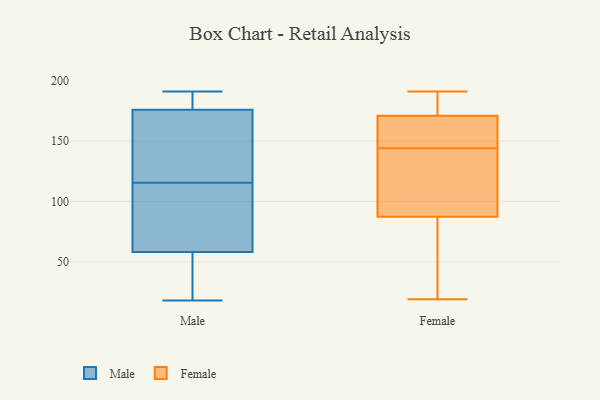
{"axis": {"x": "Backlog", "y": "Value"}, "legend": ["Female", "Male"], "data": [{"x": "", "y": 50, "type": "Male"}, {"x": "", "y": 73, "type": "Male"}, {"x": "", "y": 58, "type": "Male"}, {"x": "", "y": 116, "type": "Male"}, {"x": "", "y": 191, "type": "Male"}, {"x": "", "y": 176, "type": "Male"}, {"x": "", "y": 115, "type": "Male"}, {"x": "", "y": 185, "type": "Male"}, {"x": "", "y": 18, "type": "Male"}, {"x": "", "y": 121, "type": "Male"}, {"x": "", "y": 22, "type": "Female"}, {"x": "", "y": 144, "type": "Female"}, {"x": "", "y": 174, "type": "Female"}, {"x": "", "y": 168, "type": "Female"}, {"x": "", "y": 173, "type": "Female"}, {"x": "", "y": 80, "type": "Female"}, {"x": "", "y": 109, "type": "Female"}, {"x": "", "y": 191, "type": "Female"}, {"x": "", "y": 172, "type": "Female"}, {"x": "", "y": 154, "type": "Female"}, {"x": "", "y": 78, "type": "Female"}, {"x": "", "y": 164, "type": "Female"}, {"x": "", "y": 149, "type": "Female"}, {"x": "", "y": 183, "type": "Female"}, {"x": "", "y": 69, "type": "Female"}, {"x": "", "y": 19, "type": "Female"}, {"x": "", "y": 126, "type": "Female"}, {"x": "", "y": 133, "type": "Female"}, {"x": "", "y": 123, "type": "Female"}]}